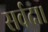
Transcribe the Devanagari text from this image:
सर्वदा।